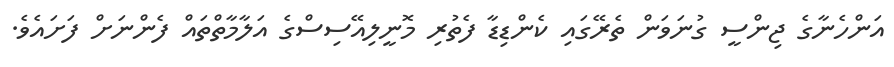
އަންހެނާގެ ޖިންސީ ގުނަވަން ތެރޭގައި ކެންޑިޑާ ފެތުރި މޮނީލިއޭސިސްގެ އަލާމާތްތައް ފެންނަށް ފަށައެވެ.